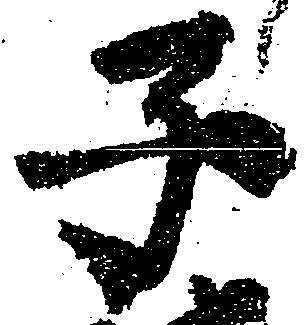
子